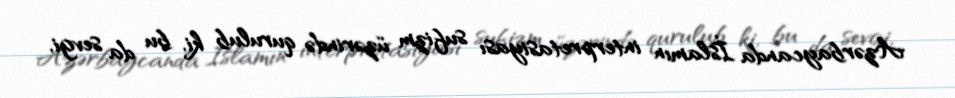
Azərbaycanda İslamın interpretasiyası sufizm üzərində qurulub ki, bu da sevgi,